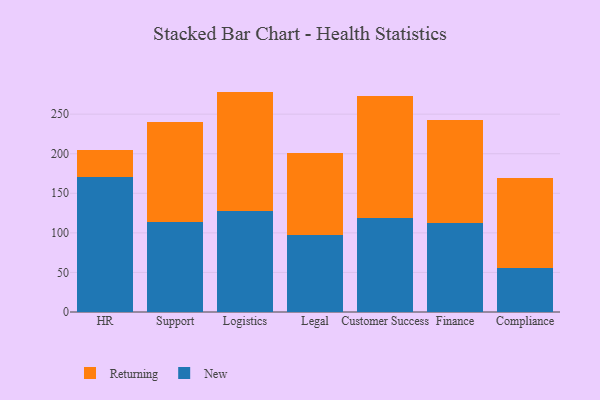
{"axis": {"x": "Department", "y": "Inventory Turnover"}, "legend": ["New", "Returning"], "data": [{"x": "HR", "y": 170.5, "type": "New"}, {"x": "HR", "y": 33.7, "type": "Returning"}, {"x": "Support", "y": 113.6, "type": "New"}, {"x": "Support", "y": 126.9, "type": "Returning"}, {"x": "Logistics", "y": 128.1, "type": "New"}, {"x": "Logistics", "y": 150.4, "type": "Returning"}, {"x": "Legal", "y": 96.8, "type": "New"}, {"x": "Legal", "y": 104.4, "type": "Returning"}, {"x": "Customer Success", "y": 118.4, "type": "New"}, {"x": "Customer Success", "y": 154.5, "type": "Returning"}, {"x": "Finance", "y": 112.3, "type": "New"}, {"x": "Finance", "y": 130.9, "type": "Returning"}, {"x": "Compliance", "y": 55.7, "type": "New"}, {"x": "Compliance", "y": 114.2, "type": "Returning"}]}